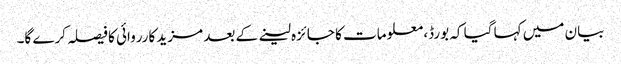
بیان میں کہا گیا کہ بورڈ، معلومات کا جائزہ لینے کے بعد مزید کارروائی کا فیصلہ کرے گا۔